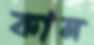
কান